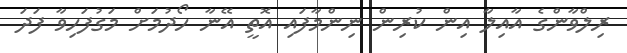
ރިލްވާންގެ އާއިލާ އިން ކުރިން ނިންމާފައި އޮތީ އޭނާ ހޯދުމަށް މަގުފަހިވާ ފަދަ